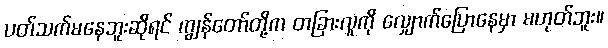
ပတ်သက်မနေဘူးဆိုရင် ကျွန်တော်တို့က တခြားလူကို လျှောက်ပြောနေမှာ မဟုတ်ဘူး။